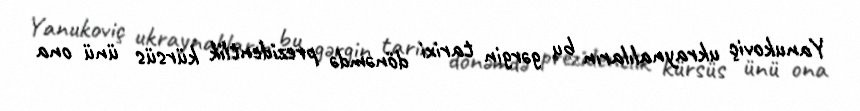
Yanukoviç ukraynalıların bu gərgin tarixi dönəmdə prezidentlik kürsüs ünü ona